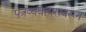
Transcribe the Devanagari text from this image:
पत्रव्यवहारावरून